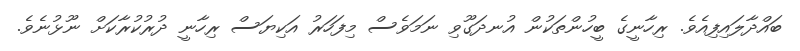
ބައްދާލައިފިއެވެ. ރިހާނީގެ ބީހުންތަކުން އުނދަގޫވި ނަމަވެސް މިފަހަރު އަކިޔަސް ރިހާނީ ދުރުކުރާކަށް ނޫޅުނެވެ.